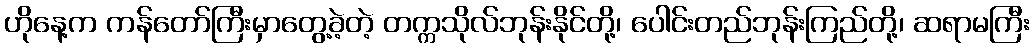
ဟိုနေ့က ကန်တော်ကြီးမှာတွေ့ခဲ့တဲ့ တက္ကသိုလ်ဘုန်းနိုင်တို့၊ ပေါင်းတည်ဘုန်းကြည်တို့၊ ဆရာမကြီး